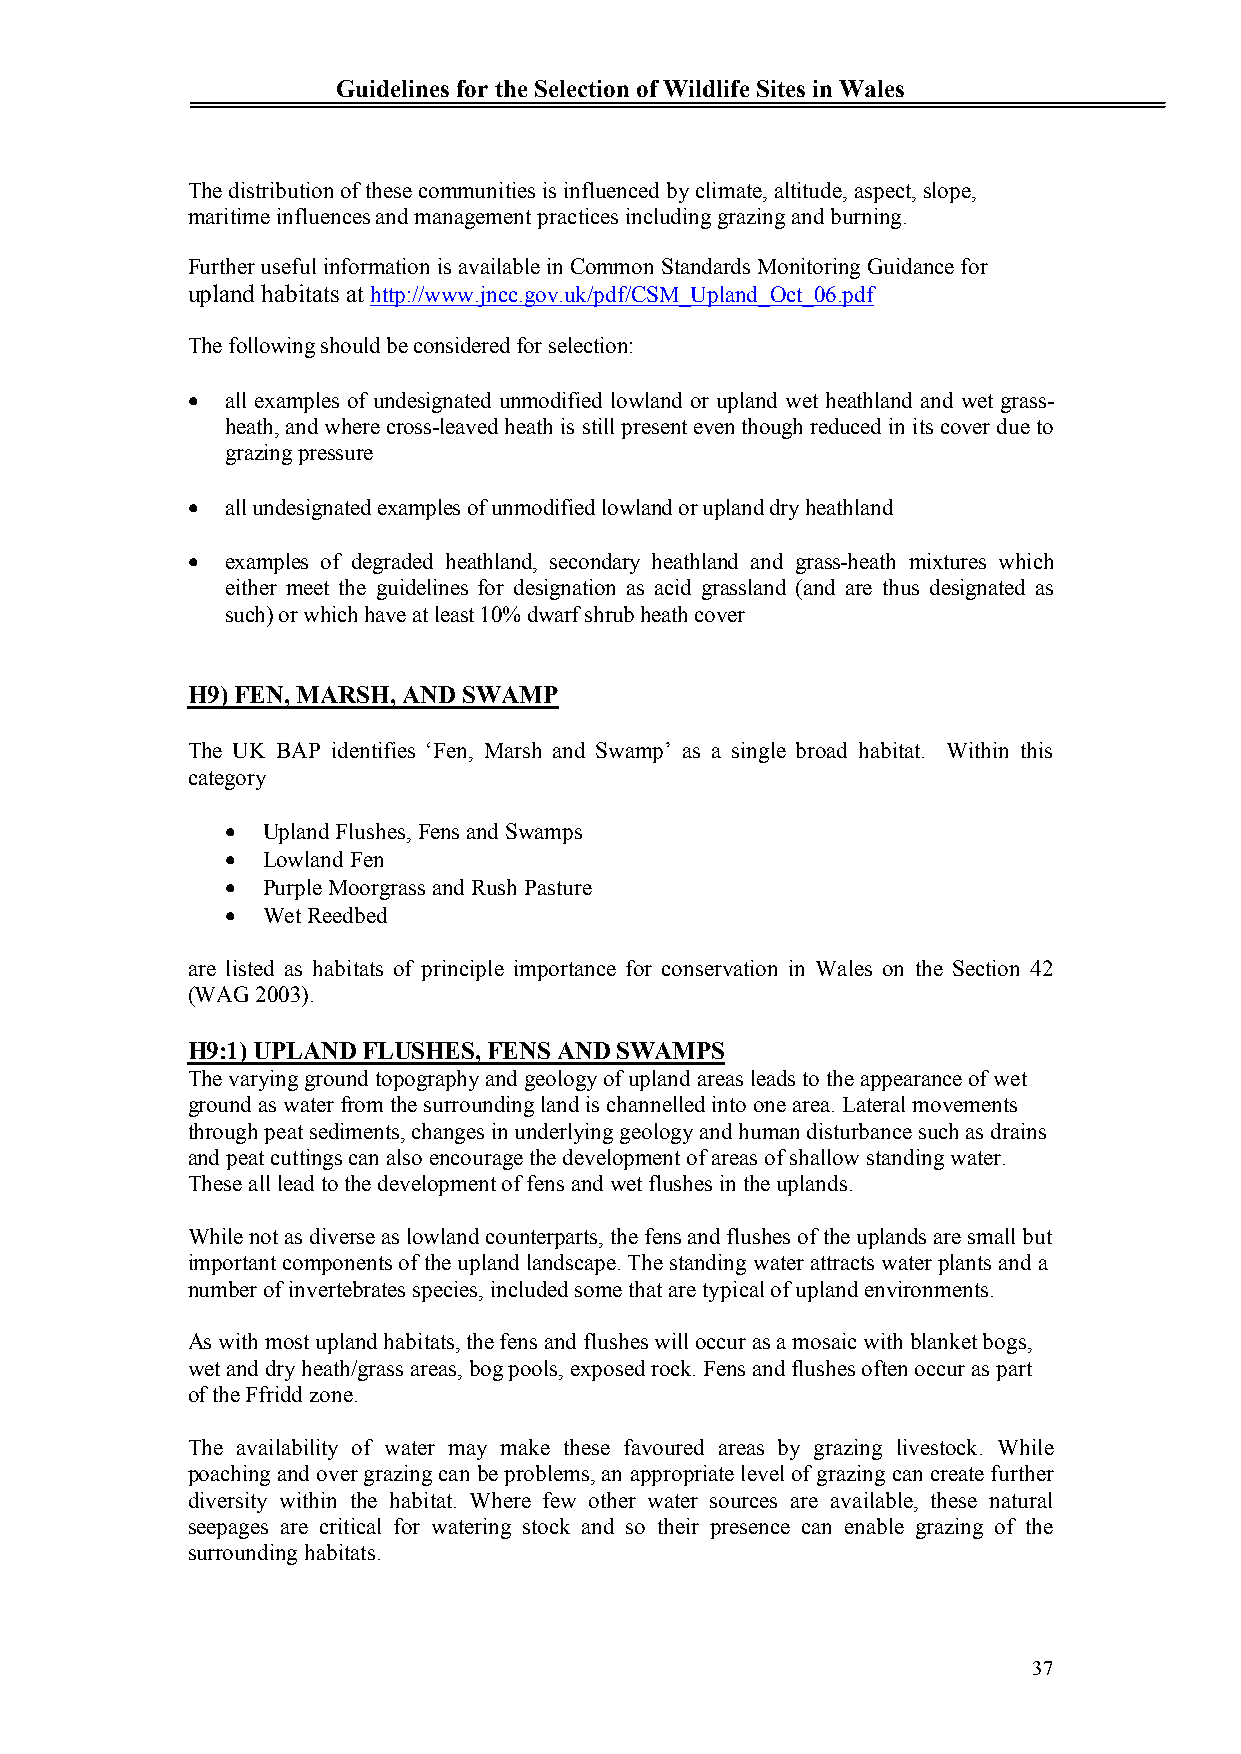
Guidelines for the Selection of Wildlife Sites in Wales
 The distribution of these communities is influenced by climate, altitude, aspect, slope,
 maritime influences and management practices including grazing and burning.
 Further useful information is available in Common Standards Monitoring Guidance for
 upland habitats at http://www.jncc.gov.uk/pdf/CSM_Upland_Oct_06.pdf
 The following should be considered for selection:
   all examples of undesignated unmodified lowland or upland wet heathland and wet grass-
 heath, and where cross-leaved heath is still present even though reduced in its cover due to
 grazing pressure
   all undesignated examples of unmodified lowland or upland dry heathland
   examples of degraded heathland, secondary heathland and grass-heath mixtures which
 either meet the guidelines for designation as acid grassland (and are thus designated as
 such) or which have at least 10% dwarf shrub heath cover
 H9) FEN, MARSH, AND SWAMP
 The UK BAP identifies ‘Fen, Marsh and Swamp’ as a single broad habitat. Within this
 category
  Upland Flushes, Fens and Swamps
  Lowland Fen
  Purple Moorgrass and Rush Pasture
  Wet Reedbed
 are listed as habitats of principle importance for conservation in Wales on the Section 42
 (WAG 2003).
 H9:1) UPLAND FLUSHES, FENS AND SWAMPS
 The varying ground topography and geology of upland areas leads to the appearance of wet
 ground as water from the surrounding land is channelled into one area. Lateral movements
 through peat sediments, changes in underlying geology and human disturbance such as drains
 and peat cuttings can also encourage the development of areas of shallow standing water.
 These all lead to the development of fens and wet flushes in the uplands.
 While not as diverse as lowland counterparts, the fens and flushes of the uplands are small but
 important components of the upland landscape. The standing water attracts water plants and a
 number of invertebrates species, included some that are typical of upland environments.
 As with most upland habitats, the fens and flushes will occur as a mosaic with blanket bogs,
 wet and dry heath/grass areas, bog pools, exposed rock. Fens and flushes often occur as part
 of the Ffridd zone.
 The availability of water may make these favoured areas by grazing livestock. While
 poaching and over grazing can be problems, an appropriate level of grazing can create further
 diversity within the habitat. Where few other water sources are available, these natural
 seepages are critical for watering stock and so their presence can enable grazing of the
 surrounding habitats.
 37